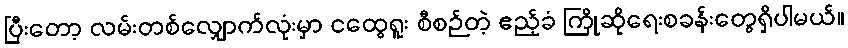
ပြီးတော့ လမ်းတစ်လျှောက်လုံးမှာ ငထွေရူး စီစဉ်တဲ့ ဧည့်ခံ ကြိုဆိုရေးစခန်းတွေရှိပါမယ်။